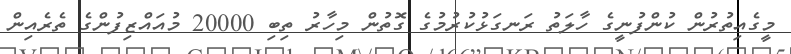
މީގެއިތުރުން ކުންފުނީގެ ހާލަތު ރަނގަޅުކުރުމުގެ ގޮތުން މިހާރު ތިބި 20000 މުއައްޒިފުންގެ ތެރެއިން